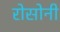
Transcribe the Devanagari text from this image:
रोसोनी